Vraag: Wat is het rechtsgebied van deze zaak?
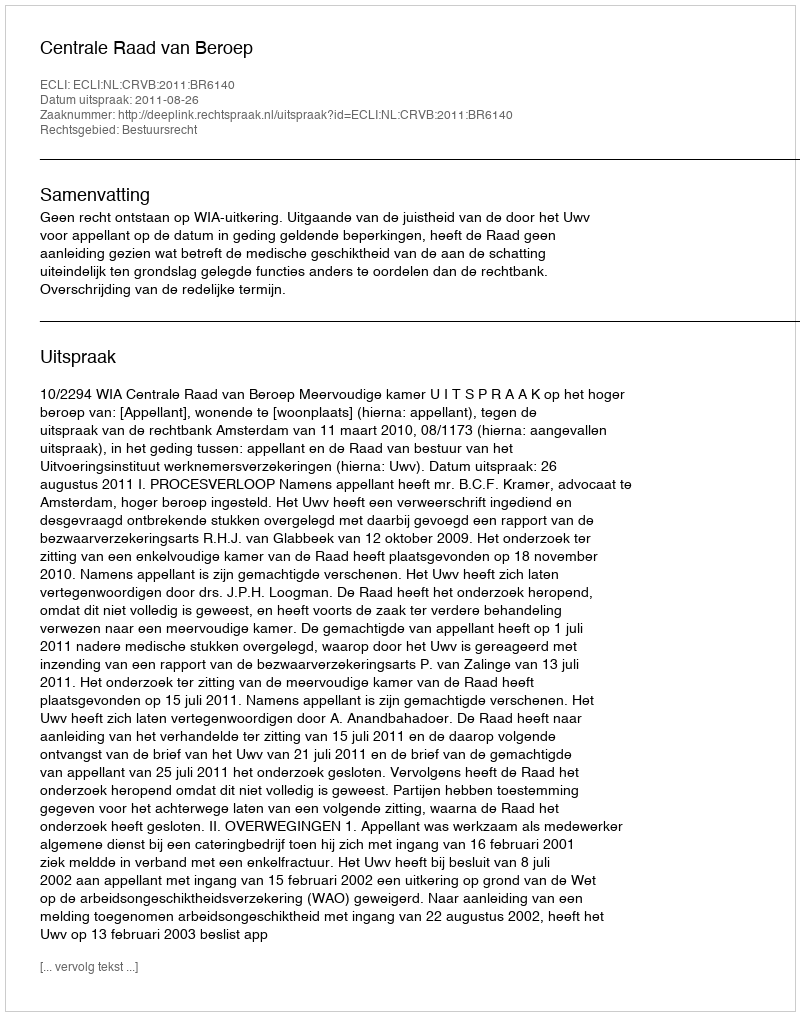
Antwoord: Bestuursrecht